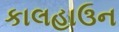
કાલહાઉન